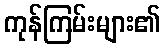
ကုန်ကြမ်းများ၏